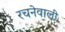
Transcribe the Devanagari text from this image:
रचनेवाली